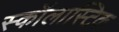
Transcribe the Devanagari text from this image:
स्कॉलास्टिक